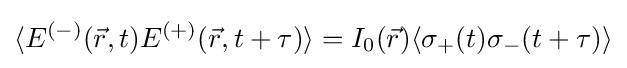
\langle E^{(-)}({\vec {r}},t)E^{(+)}({\vec {r}},t+\tau )\rangle =I_{0}({\vec {r}})\langle \sigma _{+}(t)\sigma _{-}(t+\tau )\rangle